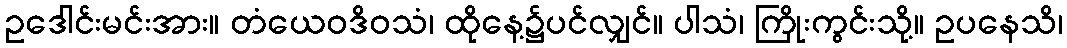
ဥဒေါင်းမင်းအား။ တံယေဝဒိဝသံ၊ ထိုနေ့၌ပင်လျှင်။ ပါသံ၊ ကြိုးကွင်းသို့။ ဥပနေသိ၊